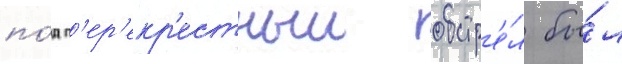
по́д п'ер'екр'естныи обстр'е́л бы́л